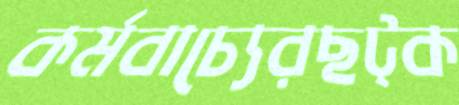
কর্মবাচ্যেরছট্‌ক